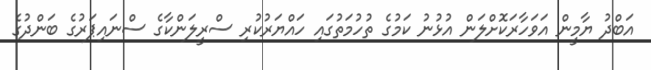
އަބްދު ޔާމީން އަވަހާރަކޮށްލަން އުޅުނު ކަމުގެ ތުހުމަތުގައި ހައްޔަރުކުރި ސްރީލަންކާގެ ސްނައިޕަރުގެ ބަންދުގެ